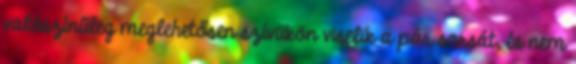
valószínűleg meglehetősen szívükön viselik a pár sorsát, és nem